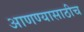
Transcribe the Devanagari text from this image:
आणण्यासाठीच